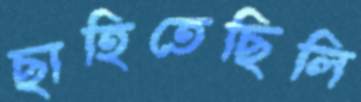
ছাহিতেছিলি